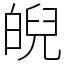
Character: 𤾆